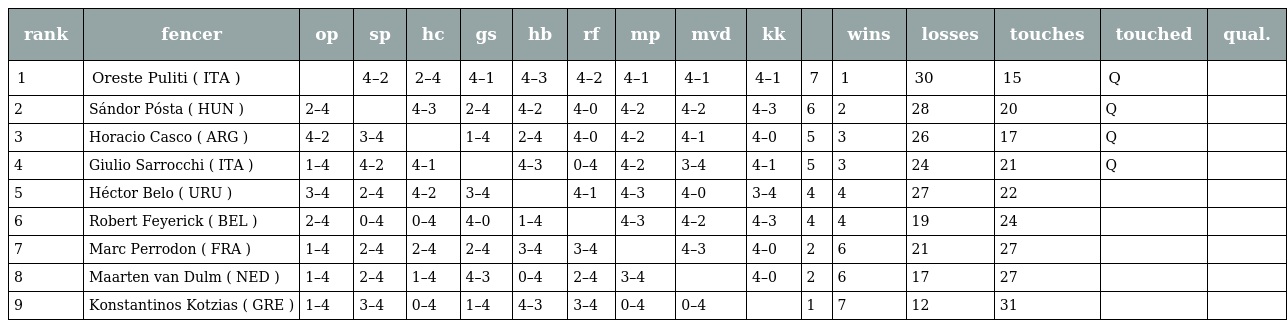
| rank | fencer | op | sp | hc | gs | hb | rf | mp | mvd | kk |  | wins | losses | touches | touched | qual. |
 | --- | --- | --- | --- | --- | --- | --- | --- | --- | --- | --- | --- | --- | --- | --- | --- | --- |
 | 1 | Oreste Puliti ( ITA ) |  | 4–2 | 2–4 | 4–1 | 4–3 | 4–2 | 4–1 | 4–1 | 4–1 | 7 | 1 | 30 | 15 | Q |  |
 | 2 | Sándor Pósta ( HUN ) | 2–4 |  | 4–3 | 2–4 | 4–2 | 4–0 | 4–2 | 4–2 | 4–3 | 6 | 2 | 28 | 20 | Q |  |
 | 3 | Horacio Casco ( ARG ) | 4–2 | 3–4 |  | 1–4 | 2–4 | 4–0 | 4–2 | 4–1 | 4–0 | 5 | 3 | 26 | 17 | Q |  |
 | 4 | Giulio Sarrocchi ( ITA ) | 1–4 | 4–2 | 4–1 |  | 4–3 | 0–4 | 4–2 | 3–4 | 4–1 | 5 | 3 | 24 | 21 | Q |  |
 | 5 | Héctor Belo ( URU ) | 3–4 | 2–4 | 4–2 | 3–4 |  | 4–1 | 4–3 | 4–0 | 3–4 | 4 | 4 | 27 | 22 |  |  |
 | 6 | Robert Feyerick ( BEL ) | 2–4 | 0–4 | 0–4 | 4–0 | 1–4 |  | 4–3 | 4–2 | 4–3 | 4 | 4 | 19 | 24 |  |  |
 | 7 | Marc Perrodon ( FRA ) | 1–4 | 2–4 | 2–4 | 2–4 | 3–4 | 3–4 |  | 4–3 | 4–0 | 2 | 6 | 21 | 27 |  |  |
 | 8 | Maarten van Dulm ( NED ) | 1–4 | 2–4 | 1–4 | 4–3 | 0–4 | 2–4 | 3–4 |  | 4–0 | 2 | 6 | 17 | 27 |  |  |
 | 9 | Konstantinos Kotzias ( GRE ) | 1–4 | 3–4 | 0–4 | 1–4 | 4–3 | 3–4 | 0–4 | 0–4 |  | 1 | 7 | 12 | 31 |  |  |